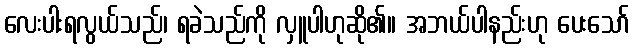
လေးပါးရလွယ်သည်၊ ရခဲသည်ကို လှူပါဟုဆို၏။ အဘယ်ပါနည်းဟု ပေးသော်